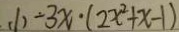
( 1 ) - 3 x \cdot ( 2 x ^ { 2 } + x - 1 )